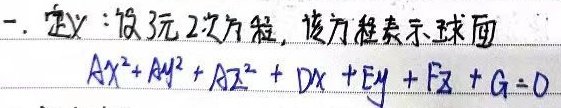
一. 定义：设三元二次方程，该方程表示球面
\[Ax^{2}+Ay^{2}+Az^{2}+Dx + Ey + Fz + G = 0\]